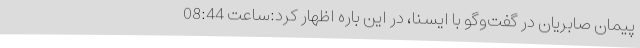
پیمان صابریان در گفت‌وگو با ایسنا، در این باره اظهار کرد:ساعت 08:44